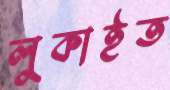
লুকাইত